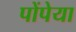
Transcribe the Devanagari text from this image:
पोंपेया